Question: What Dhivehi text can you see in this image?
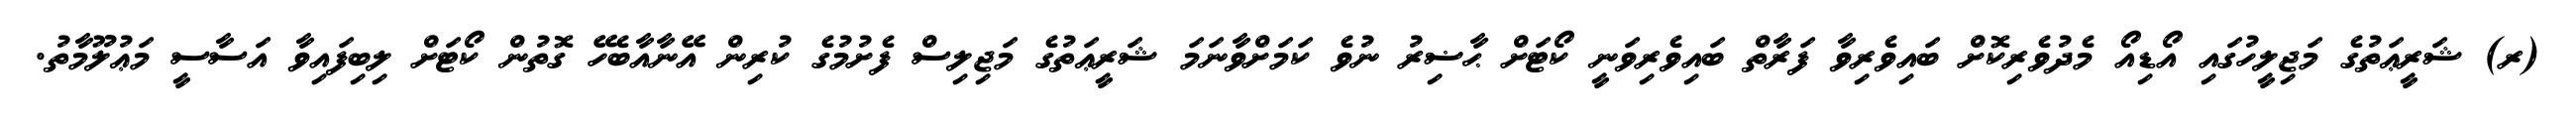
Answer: (ރ) ޝަރީޢަތުގެ މަޖިލީހުގައި އޯޑިއޯ މެދުވެރިކޮށް ބައިވެރިވާ ފަރާތް ބައިވެރިވަނީ ކޯޓަށް ޙާޟިރު ނުވެ ކަމަށްވާނަމަ ޝަރީޢަތުގެ މަޖިލިސް ފެށުމުގެ ކުރިން އޭނާއާބެހޭ ގޮތުން ކޯޓަށް ލިބިފައިވާ އަސާސީ މަޢުލޫމާތު.